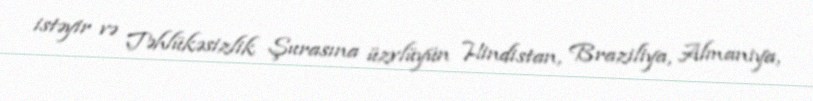
istəyir və Təhlükəsizlik Şurasına üzvlüyün Hindistan, Braziliya, Almaniya,